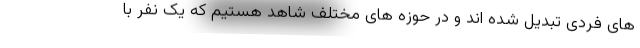
های فردی تبدیل شده اند و در حوزه های مختلف شاهد هستیم که یک نفر با